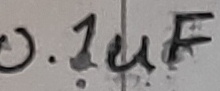
Text: 0.1uF